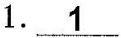
1. \underline{1}